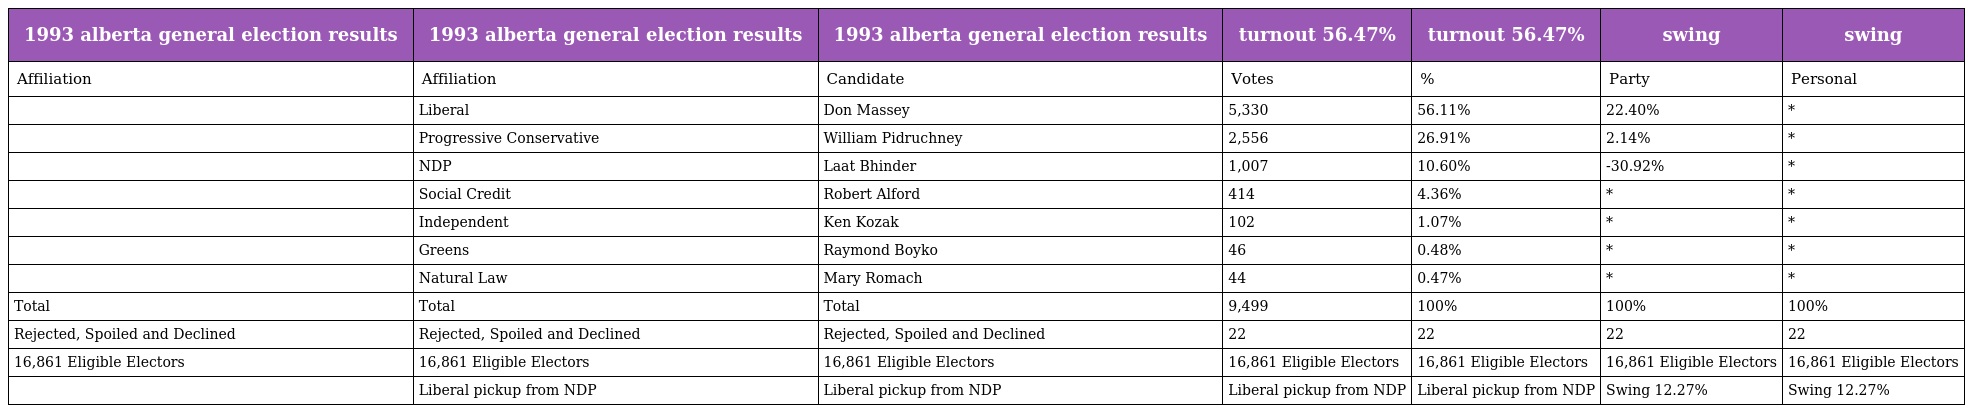
| 1993 alberta general election results | 1993 alberta general election results | 1993 alberta general election results | turnout 56.47% | turnout 56.47% | swing | swing |
 | --- | --- | --- | --- | --- | --- | --- |
 | Affiliation | Affiliation | Candidate | Votes | % | Party | Personal |
 |  | Liberal | Don Massey | 5,330 | 56.11% | 22.40% | * |
 |  | Progressive Conservative | William Pidruchney | 2,556 | 26.91% | 2.14% | * |
 |  | NDP | Laat Bhinder | 1,007 | 10.60% | -30.92% | * |
 |  | Social Credit | Robert Alford | 414 | 4.36% | * | * |
 |  | Independent | Ken Kozak | 102 | 1.07% | * | * |
 |  | Greens | Raymond Boyko | 46 | 0.48% | * | * |
 |  | Natural Law | Mary Romach | 44 | 0.47% | * | * |
 | Total | Total | Total | 9,499 | 100% | 100% | 100% |
 | Rejected, Spoiled and Declined | Rejected, Spoiled and Declined | Rejected, Spoiled and Declined | 22 | 22 | 22 | 22 |
 | 16,861 Eligible Electors | 16,861 Eligible Electors | 16,861 Eligible Electors | 16,861 Eligible Electors | 16,861 Eligible Electors | 16,861 Eligible Electors | 16,861 Eligible Electors |
 |  | Liberal pickup from NDP | Liberal pickup from NDP | Liberal pickup from NDP | Liberal pickup from NDP | Swing 12.27% | Swing 12.27% |